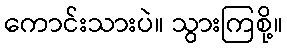
ကောင်းသားပဲ။ သွားကြစို့။